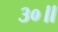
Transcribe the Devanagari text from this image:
३०॥